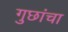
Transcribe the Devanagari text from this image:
गुछांचा